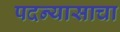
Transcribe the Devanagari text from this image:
पदन्यासाचा